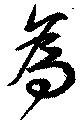
為